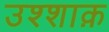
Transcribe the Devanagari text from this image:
उश्शाक़